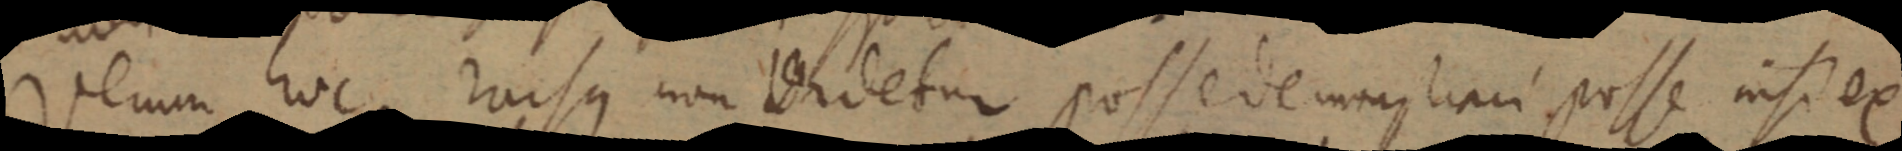
Verum hoc rursus non videtur posse demonstrari posse nisi ex